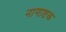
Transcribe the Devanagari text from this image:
नागाष्टक